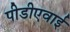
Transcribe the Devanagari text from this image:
पीडीएवाई